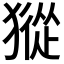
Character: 𤡆